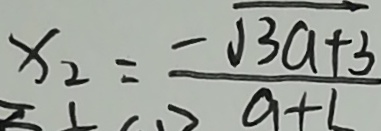
x _ { 2 } = \frac { - \sqrt { 3 a + 3 } } { a + 1 }